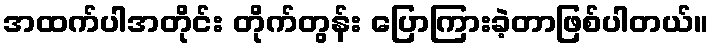
အထက်ပါအတိုင်း တိုက်တွန်း ပြောကြားခဲ့တာဖြစ်ပါတယ်။